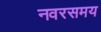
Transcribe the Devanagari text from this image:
नवरसमय